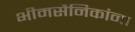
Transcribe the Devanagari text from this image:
भीमसैनिकांना